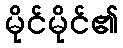
မိုင်မိုင်၏